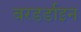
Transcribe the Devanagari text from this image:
बरडर्डाइन